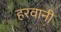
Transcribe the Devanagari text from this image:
हरवानी